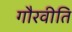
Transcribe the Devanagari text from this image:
गौरवीति